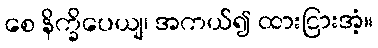
စေ နိက္ခိပေယျ၊ အကယ်၍ ထားငြားအံ့။